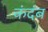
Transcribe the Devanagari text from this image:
कंदंब